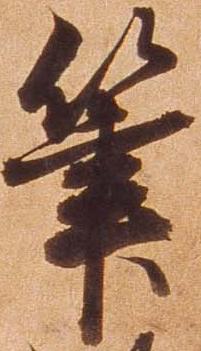
筆